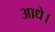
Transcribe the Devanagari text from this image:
आधे।